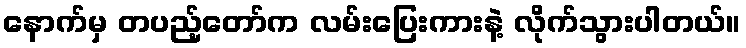
နောက်မှ တပည့်တော်က လမ်းပြေးကားနဲ့ လိုက်သွားပါတယ်။